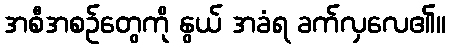
အစီအစဉ်တွေကို နွယ် အခံရ ခက်လှလေ၏။